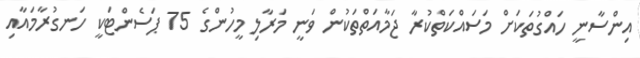
އިންސާނީ ހައްގުތަކަށް މަސައްކަތްކުރާ ޖަމާއަތްތަކުން ވަނީ މަރާލި މީހުންގެ 75 ޕަސެންޓަކީ ހަނގުރާމައާއި